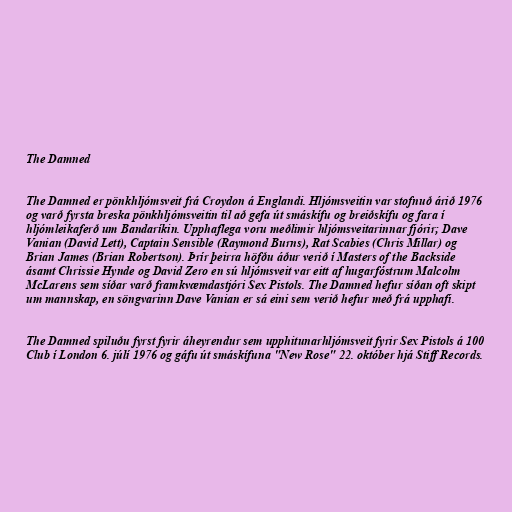
The Damned

The Damned er pönkhljómsveit frá Croydon á Englandi. Hljómsveitin var stofnuð árið 1976
og varð fyrsta breska pönkhljómsveitin til að gefa út smáskífu og breiðskífu og fara í
hljómleikaferð um Bandaríkin. Upphaflega voru meðlimir hljómsveitarinnar fjórir; Dave
Vanian (David Lett), Captain Sensible (Raymond Burns), Rat Scabies (Chris Millar) og
Brian James (Brian Robertson). Þrír þeirra höfðu áður verið í Masters of the Backside
ásamt Chrissie Hynde og David Zero en sú hljómsveit var eitt af hugarfóstrum Malcolm
McLarens sem síðar varð framkvæmdastjóri Sex Pistols. The Damned hefur síðan oft skipt
um mannskap, en söngvarinn Dave Vanian er sá eini sem verið hefur með frá upphafi.

The Damned spiluðu fyrst fyrir áheyrendur sem upphitunarhljómsveit fyrir Sex Pistols á 100
Club í London 6. júlí 1976 og gáfu út smáskífuna "New Rose" 22. október hjá Stiff Records.